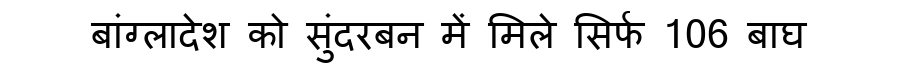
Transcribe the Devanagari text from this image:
बांग्लादेश को सुंदरबन में मिले सिर्फ 106 बाघ